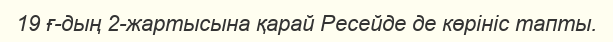
19 ғ-дың 2-жартысына қарай Ресейде де көрініс тапты.